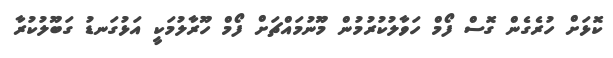
ކޮޅަށް ހުރެގެން ގޮސް ފޯމް ހަވާލުކުރުމުން މޫނުމައްޗަށް ފޯމް ހޫރާލުމަކީ އަޅުގަނޑު ގަބޫލުކުރާ